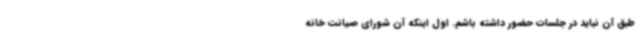
طبق آن نباید در جلسات حضور داشته باشم. اول اینکه آن شورای صیانت خانه